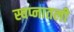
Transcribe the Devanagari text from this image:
स्वप्नातली